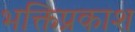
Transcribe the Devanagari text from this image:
भक्तिप्रकाश